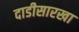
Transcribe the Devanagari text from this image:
दाडीसारखा